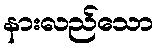
နားလည်သော